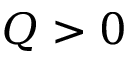
Q > 0